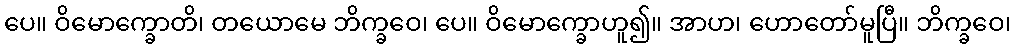
ပေ။ ဝိမောက္ခောတိ၊ တယောမေ ဘိက္ခဝေ၊ ပေ။ ဝိမောက္ခောဟူ၍။ အာဟ၊ ဟောတော်မူပြီ။ ဘိက္ခဝေ၊